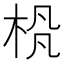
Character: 𪲊